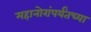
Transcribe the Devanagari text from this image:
महानोरांपर्यंतच्या